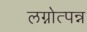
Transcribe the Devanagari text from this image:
लग्नोत्पन्न